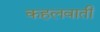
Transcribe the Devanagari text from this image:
कहलवाती